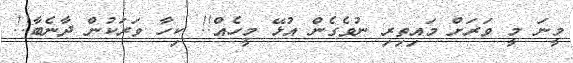
މީނަ މީ ވަރަށް މައިތިރި ނުވެގެން އުޅޭ މީހެއް!! ކިހާ ވަރަކުން ދާނެބާ!!